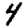
Digit: 4